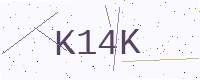
Text: K14K